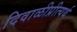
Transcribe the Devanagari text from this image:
दिवाळीप्रीत्यर्थ